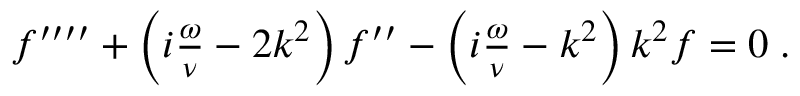
\begin{array} { r } { f ^ { \prime \prime \prime \prime } + \left( i \frac { \omega } { \nu } - 2 k ^ { 2 } \right) f ^ { \prime \prime } - \left( i \frac { \omega } { \nu } - k ^ { 2 } \right) k ^ { 2 } f = 0 \; . } \end{array}